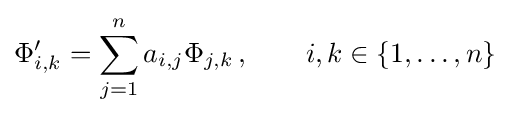
\Phi '_{i,k}=\sum _{j=1}^{n}a_{i,j}\Phi _{j,k}\,,\qquad i,k\in \{1,\ldots ,n\}